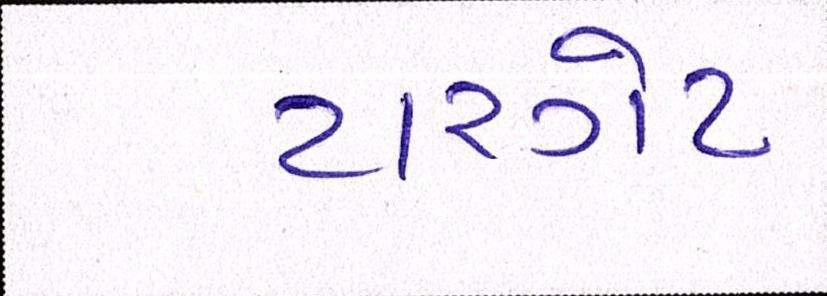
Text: ટારગેટ